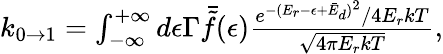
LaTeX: \begin{array}{r}{k_{0\rightarrow 1}=\int_{-\infty}^{+\infty}d\epsilon\Gamma\bar{\tilde{f}}(\epsilon)\frac{e^{-(E_{r}-\epsilon+\bar{E}_{d})^{2}}/4E_{r}kT}{\sqrt{4\pi E_{r}kT}},}\end{array}